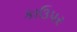
કાઉપર